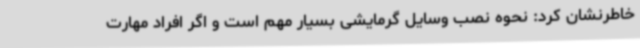
خاطرنشان کرد: نحوه نصب وسایل گرمایشی بسیار مهم است و اگر افراد مهارت